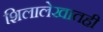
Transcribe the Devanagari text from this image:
शिलालेखातही